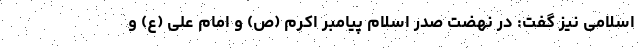
اسلامی نیز گفت: در نهضت صدر اسلام پیامبر اکرم (ص) و امام علی (ع) و